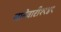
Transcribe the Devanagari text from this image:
जानेवारी१९४९